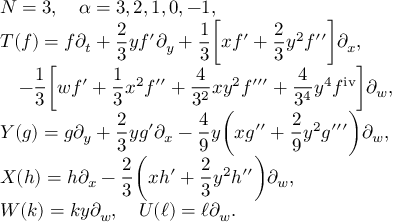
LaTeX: \begin{array} { l } { { N = 3 , \quad \alpha = 3 , 2 , 1 , 0 , - 1 , } } \\ { { \displaystyle T ( f ) = f \partial _ { t } + \frac { 2 } { 3 } y f ^ { \prime } \partial _ { y } + \frac { 1 } { 3 } \biggl [ x f ^ { \prime } + \frac { 2 } { 3 } y ^ { 2 } f ^ { \prime \prime } \biggr ] \partial _ { x } , } } \\ { { \displaystyle \quad - \frac { 1 } { 3 } \biggl [ w f ^ { \prime } + \frac { 1 } { 3 } x ^ { 2 } f ^ { \prime \prime } + \frac { 4 } { 3 ^ { 2 } } x y ^ { 2 } f ^ { \prime \prime \prime } + \frac { 4 } { 3 ^ { 4 } } y ^ { 4 } f ^ { \mathrm { i v } } \biggr ] \partial _ { w } , } } \\ { { \displaystyle Y ( g ) = g \partial _ { y } + \frac { 2 } { 3 } y g ^ { \prime } \partial _ { x } - \frac { 4 } { 9 } y \biggl ( x g ^ { \prime \prime } + \frac { 2 } { 9 } y ^ { 2 } g ^ { \prime \prime \prime } \biggr ) \partial _ { w } , } } \\ { { \displaystyle X ( h ) = h \partial _ { x } - \frac { 2 } { 3 } \biggl ( x h ^ { \prime } + \frac { 2 } { 3 } y ^ { 2 } h ^ { \prime \prime } \biggr ) \partial _ { w } , } } \\ { { W ( k ) = k y \partial _ { w } , \quad U ( \ell ) = \ell \partial _ { w } . } } \end{array}